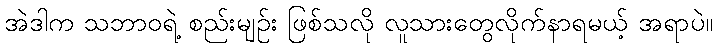
အဲဒါက သဘာဝရဲ့ စည်းမျဉ်း ဖြစ်သလို လူသားတွေလိုက်နာရမယ့် အရာပဲ။